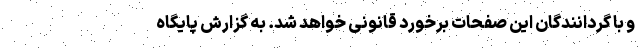
و با گردانندگان این صفحات برخورد قانونی خواهد شد. به گزارش پایگاه